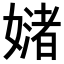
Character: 𪦜